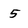
Character: 5